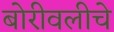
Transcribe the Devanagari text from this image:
बोरीवलीचे